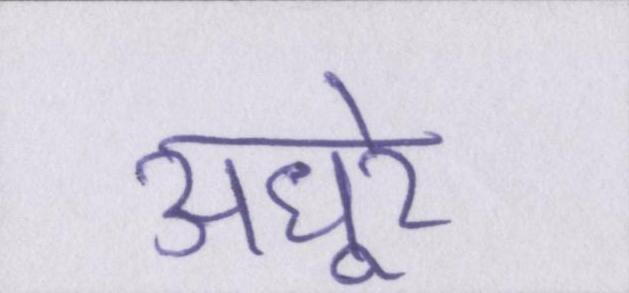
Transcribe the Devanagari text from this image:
अधूरे